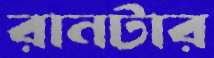
রানটার